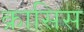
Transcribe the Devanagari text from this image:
क्रासिस